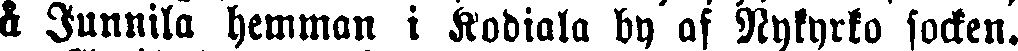
å Junnila hemman i Kodiala by af Nykyrko socken.